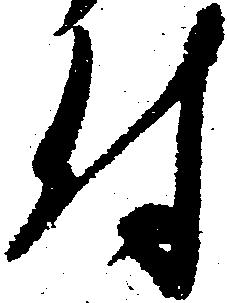
付